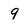
Character: 9